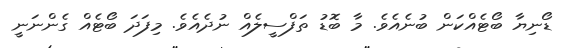
ޑޯނިޔާ ބޯޓެއްކަން ބުނެއެވެ. މާ ބޮޑު ތަފްސީލެއް ނުދެއެވެ. މިފަދަ ބޯޓެއް ގެންނަނީ